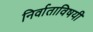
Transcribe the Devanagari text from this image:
निर्वाताविषयी